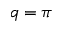
q = \pi